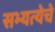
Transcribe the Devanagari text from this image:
सभ्यत्येचे